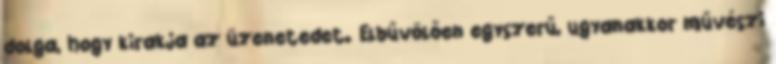
dolga, hogy kirakja az üzenetedet. Elbűvölően egyszerű, ugyanakkor művészi